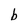
Character: b